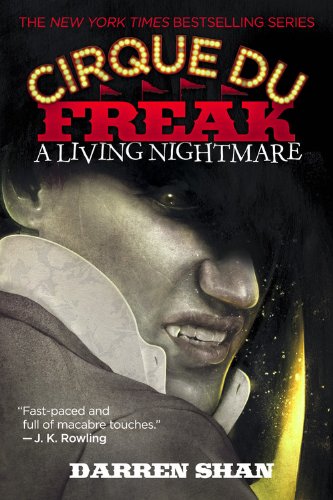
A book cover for Cirque du Freak: A Living Nightmare; Darren Shan; Teen & Young Adult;